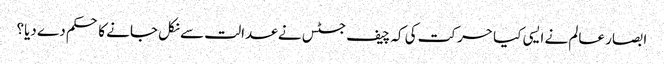
ابصار عالم نے ایسی کیا حرکت کی کہ چیف جسٹس نے عدالت سے نکل جانے کا حکم دے دیا؟